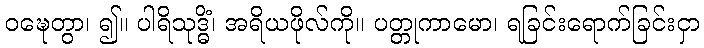
ဝဍ္ဎေတွာ၊ ၍။ ပါရိသုဒ္ဓိံ၊ အရိယဖိုလ်ကို။ ပတ္တုကာမော၊ ရခြင်းရောက်ခြင်းငှာ